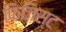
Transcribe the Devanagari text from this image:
फिजिस्ट